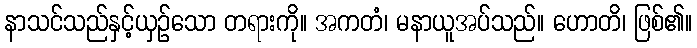
နာသင်သည်နှင့်ယှဉ်သော တရားကို။ အကတံ၊ မနာယူအပ်သည်။ ဟောတိ၊ ဖြစ်၏။